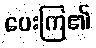
ပေးကြ၏